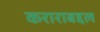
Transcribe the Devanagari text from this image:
कराराबद्दल